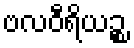
ဗလဝီရိယဉ္စ